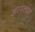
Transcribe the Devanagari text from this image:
अस्‍स्‍लाम